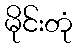
မိုင်းတုံ